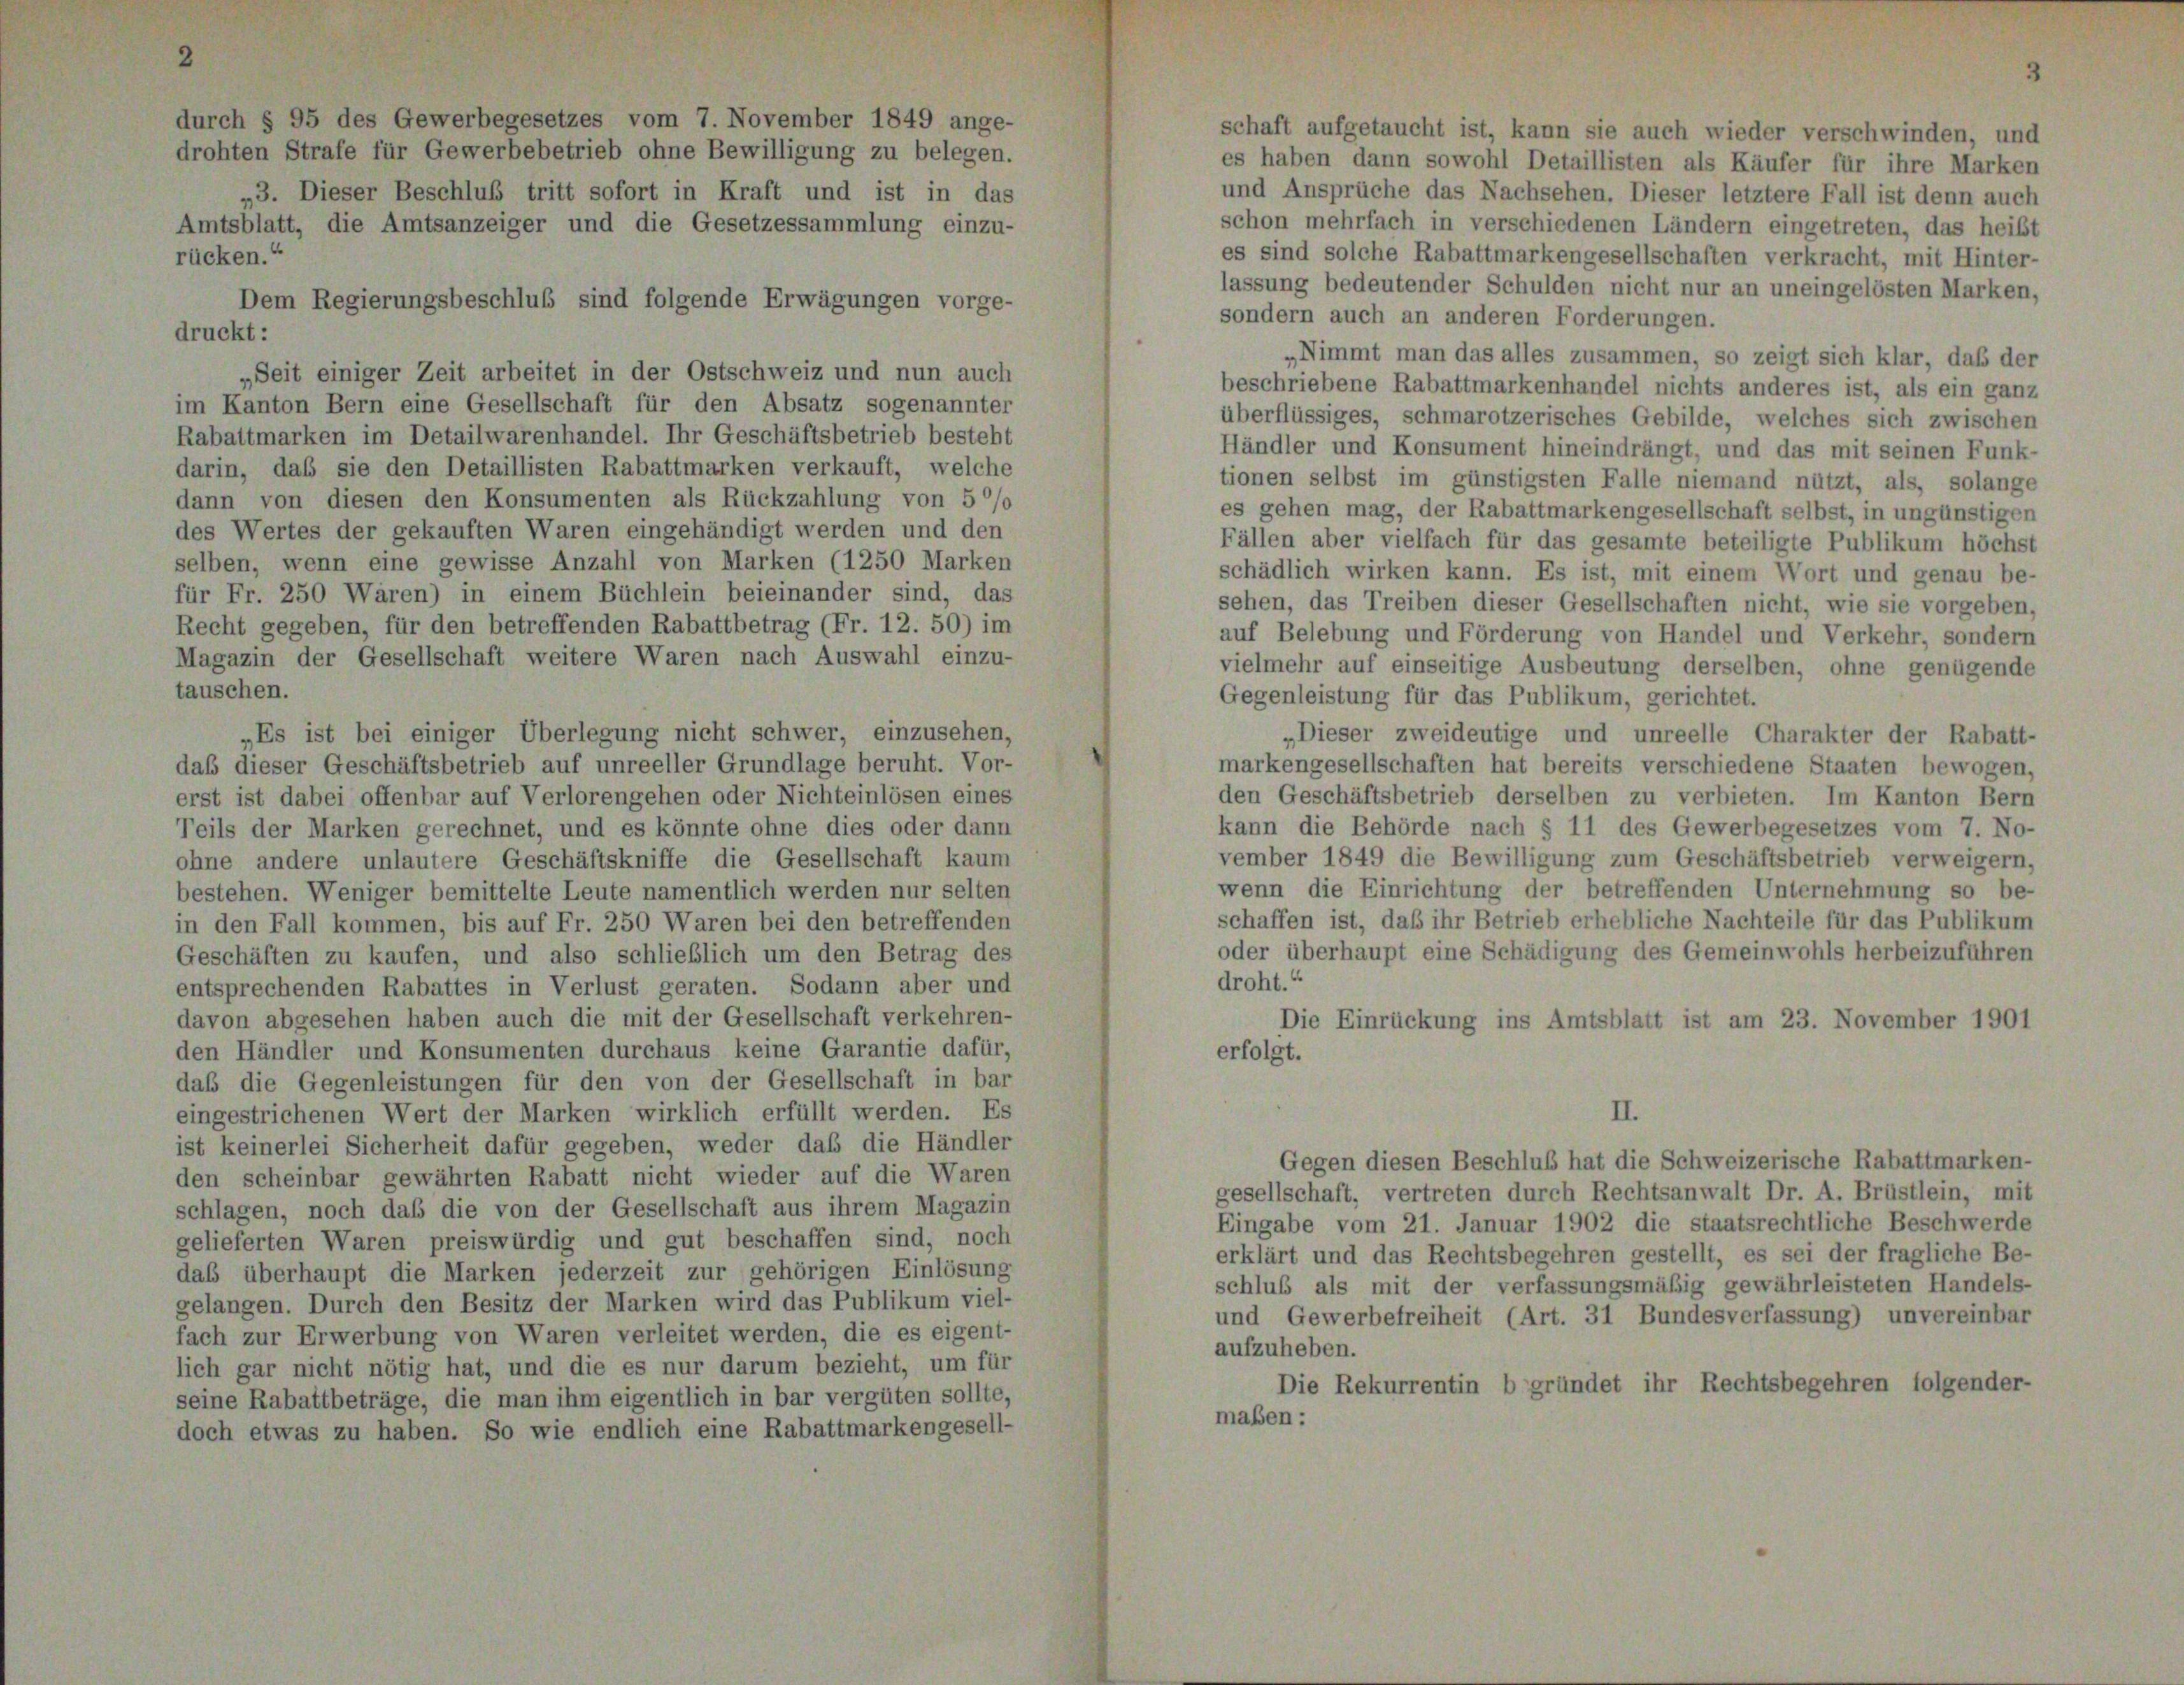
schaft aufgetaucht ist, kann sie auch wieder verschwinden, und
es haben dann sowohl Detaillisten als Käufer für ihre Marken
und Ansprüche das Nachsehen. Dieser letztere Fall ist denn auch
schon mehrfach in verschiedenen Ländern eingetreten, das heißt
es sind solche Rabattmarkengesellschaften verkracht, mit Hinter-
rücken.“
lassung bedeutender Schulden nicht nur an uneingelösten Marken,
Dem Regierungsbeschluß sind folgende Erwägungen vorge-
sondern auch an anderen Forderungen.
druckt:
„Nimmt man das alles zusammen, so zeigt sich klar, daß der
„Seit einiger Zeit arbeitet in der Ostschweiz und nun auch
beschriebene Rabattmarkenhandel nichts anderes ist, als ein ganz
im Kanton Bern eine Gesellschaft für den Absatz sogenannter
überflüssiges, schmarotzerisches Gebilde, welches sich zwischen
Rabattmarken im Detailwarenhandel. Ihr Geschäftsbetrieb besteht
Händler und Konsument hineindrängt, und das mit seinen Funk-
darin, daß sie den Detaillisten Rabattmarken verkauft, welche
tionen selbst im günstigsten Falle niemand nützt, als, solange
dann von diesen den Konsumenten als Rückzahlung von 5 °/o
es gehen mag, der Rabattmarkengesellschaft selbst, in ungünstigen
des Wertes der gekauften Waren eingehändigt werden und den
Fällen aber vielfach für das gesamte beteiligte Publikum höchst
selben, wenn eine gewisse Anzahl von Marken (1250 Marken
schädlich wirken kann. Es ist, mit einem Wort und genau be-
für Fr. 250 Wären) in einem Büchlein beieinander sind, das
sehen, das Treiben dieser Gesellschaften nicht, wie sie vorgeben,
Recht gegeben, für den betreffenden Rabattbetrag (Fr. 12. 50) im
auf Belebung und Förderung von Handel und Verkehr, sondern
Magazin der Gesellschaft weitere Waren nach Auswahl einzu-
vielmehr auf einseitige Ausbeutung derselben, ohne genügende
tauschen.
Gegenleistung für das Publikum, gerichtet.
„Es ist bei einiger Überlegung nicht schwer, einzusehen,
„Dieser zweideutige und unreelle Charakter der Rabatt-
daß dieser Geschäftsbetrieb auf unreeller Grundlage beruht. Vor-
markengesellschaften hat bereits verschiedene Staaten bewogen,
erst ist dabei offenbar auf Verlorengehen oder Nichteinlösen eines
den Geschäftsbetrieb derselben zu verbieten. Im Kanton Bern
kann die Behörde nach § 11 des Gewerbegesetzes vom 7. No-
Teils der Marken gerechnet, und es könnte ohne dies oder dann
vember 1849 die Bewilligung zum Geschäftsbetrieb verweigern,
ohne andere unlautere Geschäftskniffe die Gesellschaft kaum
wenn die Einrichtung der betreffenden Unternehmung so be-
bestehen. Weniger bemittelte Leute namentlich werden nur selten
schaffen ist, daß ihr Betrieb erhebliche Nachteile für das Publikum
in den Fall kommen, bis auf Fr. 250 Waren bei den betreffenden
oder überhaupt eine Schädigung des Gemeinwohls herbeizuführen
Geschäften zu kaufen, und also schließlich um den Betrag des
droht.“
entsprechenden Rabattes in Verlust geraten. Sodann aber und
davon abgesehen haben auch die mit der Gesellschaft verkehren-
Die Einrückung ins Amtsblatt ist am 23. November 1901
den Händler und Konsumenten durchaus keine Garantie dafür,
erfolgt.
daß die Gegenleistungen für den von der Gesellschaft in bar
eingestrichenen Wert der Marken wirklich erfüllt werden. Es
II.
ist keinerlei Sicherheit dafür gegeben, weder daß die Händler
Gegen diesen Beschluß hat die Schweizerische Rabattmarken-
den scheinbar gewährten Rabatt nicht wieder auf die Waren
gesellschaft, vertreten durch Rechtsanwalt Dr. A. Brüstlein, mit
schlagen, noch daß die von der Gesellschaft aus ihrem Magazin
Eingabe vom 21. Januar 1902 die staatsrechtliche Beschwerde
gelieferten Waren preiswürdig und gut beschaffen sind, noch
erklärt und das Rechtsbegehren gestellt, es sei der fragliche Be-
daß überhaupt die Marken jederzeit zur gehörigen Einlösung
schluß als mit der verfassungsmäßig gewährleisteten Handels-
gelangen. Durch den Besitz der Marken wird das Publikum viel-
und Gewerbefreiheit (Art. 31 Bundesverfassung) unvereinbar
fach zur Erwerbung von Waren verleitet werden, die es eigent-
aufzuheben.
lich gar nicht nötig hat, und die es nur darum bezieht, um für
Die Rekurrentin begründet ihr Rechtsbegehren folgender-
seine Rabattbeträge, die man ihm eigentlich in bar vergüten sollte,
maßen:
doch etwas zu haben. So wie endlich eine Rabattmarkengesell-

durch § 95 des Gewerbegesetzes vom 7. November 1849 ange-
drohten Strafe für Gewerbebetrieb ohne Bewilligung zu belegen.
„3. Dieser Beschluß tritt sofort in Kraft und ist in das

Amtsblatt, die Amtsanzeiger und die Gesetzessammlung einzu-